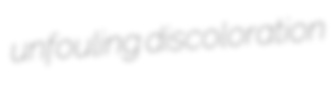
unfouling discoloration